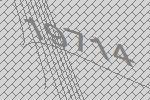
19714